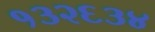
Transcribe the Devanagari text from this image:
१३२६३४